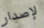
لإصدار